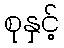
စုနှင့်